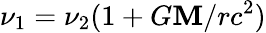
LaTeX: \nu_{1}=\nu_{2}(1+G\mathbf{M}/rc^{2})